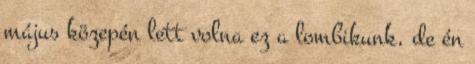
május közepén lett volna ez a lombikunk, de én